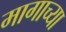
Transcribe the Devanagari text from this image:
मागाच्या